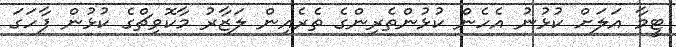
ޓީމާ އަލަށް ކުޅުނު އެހެން ކުޅުންތެރިންގެ ތެރެއިން ލަޒާރު މާކޮވިޗްގެ ކުޅުން ފާހަގަ